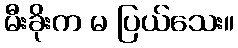
မီးခိုးက မ ပြယ်သေး။